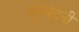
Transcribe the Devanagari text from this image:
गुरुनंदनी